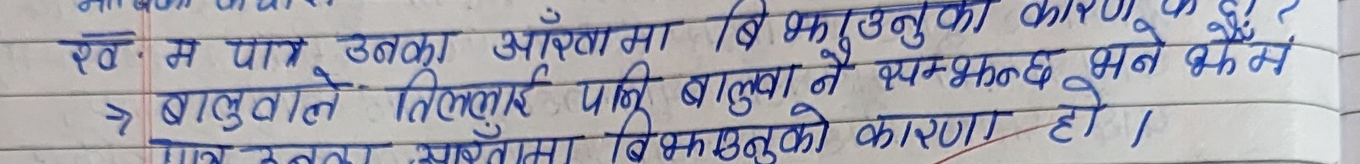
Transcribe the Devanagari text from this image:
रव. म पात्र उनका आँखामा विभूतनुको कारण के छ ?
-> बालुवाले तिलकलाई पानी बालुवा नै यम्मभन्नछ भन किन
पनि उत्तर. सभ्यतामा विकसमनुको कारण हो।